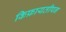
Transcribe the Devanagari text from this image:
किफ़ायतीपन